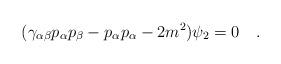
LaTeX: \begin{align*}(\gamma_{\alpha\beta}p_\alpha p_\beta - p_\alpha p_\alpha - 2m^2) \psi_2=0 \quad . \end{align*}